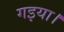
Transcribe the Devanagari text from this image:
गइया।